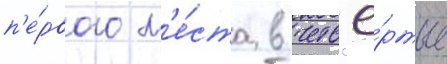
п'е́рвого м'е́ста в четв'ё́ртые